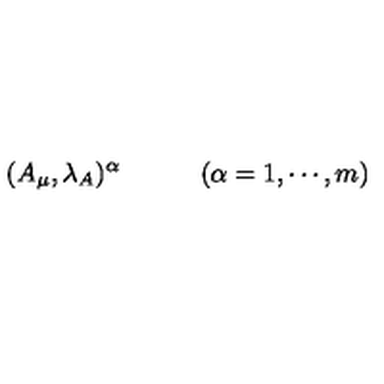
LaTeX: ( A _ { \mu } , \lambda _ { A } ) ^ { \alpha } \qquad \quad ( \alpha = 1 , \cdots , m )